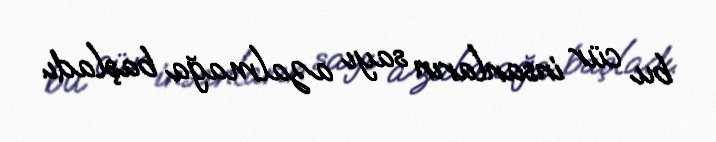
bu cür insanların sayı azalmağa başladı.